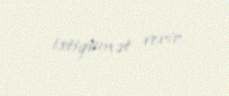
istiqamət verir.